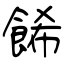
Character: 餙